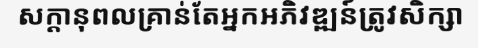
សក្តានុពលគ្រាន់តែអ្នកអភិវឌ្ឍន៍ត្រូវសិក្សា